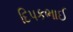
દિપકભાઈ